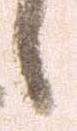
候